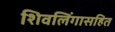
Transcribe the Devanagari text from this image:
शिवलिंगासहित